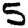
Digit: 5